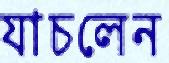
যাচলেন